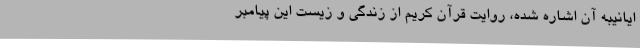
ایانیبه آن اشاره شده، روایت قرآن کریم از زندگی و زیست این پیامبر